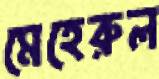
মেহেরুল